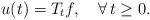
LaTeX: \begin{align*}u(t)= T_t f,\quad\forall\, t\geq 0.\end{align*}